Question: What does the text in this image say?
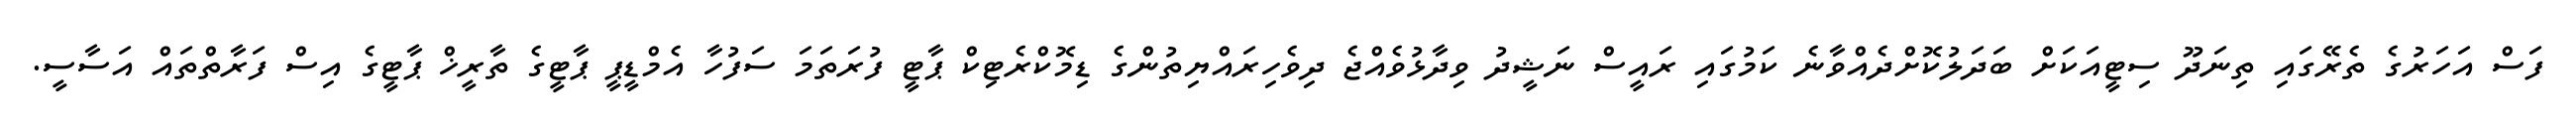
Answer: ފަސް އަހަރުގެ ތެރޭގައި ތިނަދޫ ސިޓީއަކަށް ބަދަލުކޮށްދެއްވާނެ ކަމުގައި ރައީސް ނަޝީދު ވިދާޅުވެއްޖެ ދިވެހިރައްޔިތުންގެ ޑިމޮކްރެޓިކް ޕާޓީ ފުރަތަމަ ސަފުހާ އެމްޑީޕީ ޕާޓީގެ ތާރީޚް ޕާޓީގެ އިސް ފަރާތްތައް އަސާސީ.